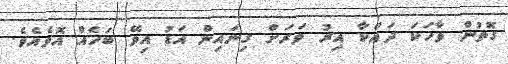
ގޮތުން ވާހަކަ ދައްކާ އިރު ވަރަށް ގިނައިން އަޑު އިވޭ ބަހެއް އޮވެއެވެ.